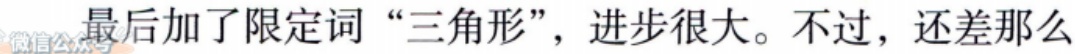
微信公众号最后加了限定词“三角形”，进步很大。不过，还差那么